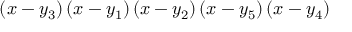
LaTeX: \left( x - y _ { 3 } \right) \left( x - y _ { 1 } \right) \left( x - y _ { 2 } \right) \left( x - y _ { 5 } \right) \left( x - y _ { 4 } \right)